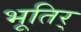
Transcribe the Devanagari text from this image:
भूतिर्